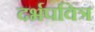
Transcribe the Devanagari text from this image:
दर्भपवित्र